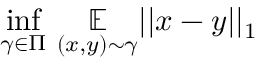
\underset { \gamma \in \Pi } { \operatorname* { i n f } } \ \underset { ( x , y ) \sim \gamma } { \mathbb { E } } | | x - y | | _ { 1 }